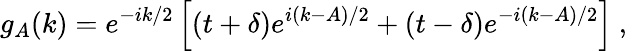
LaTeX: g_{A}(k)=e^{-ik/2}\left[(t+\delta)e^{i(k-A)/2}+(t-\delta)e^{-i(k-A)/2}\right]\mathrm{~,~}